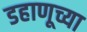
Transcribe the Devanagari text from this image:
डहाणूच्या